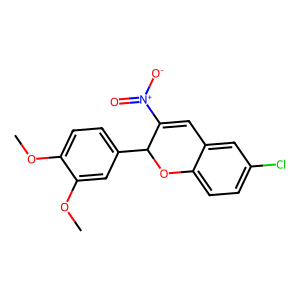
SMILES: COc1ccc(C2Oc3ccc(Cl)cc3C=C2[N+](=O)[O-])cc1OC
Inhibits HIV replication: No